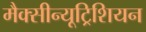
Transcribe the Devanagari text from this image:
मैक्सीन्यूट्रिशियन